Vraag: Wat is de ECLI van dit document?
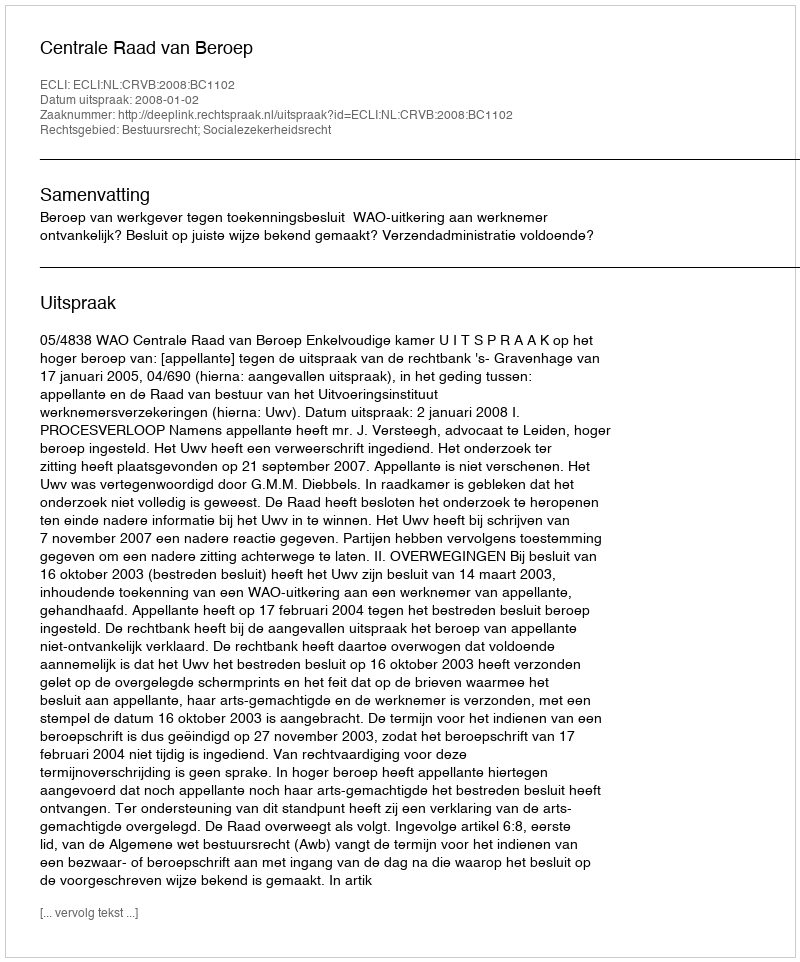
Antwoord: ECLI:NL:CRVB:2008:BC1102